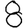
Digit: 8